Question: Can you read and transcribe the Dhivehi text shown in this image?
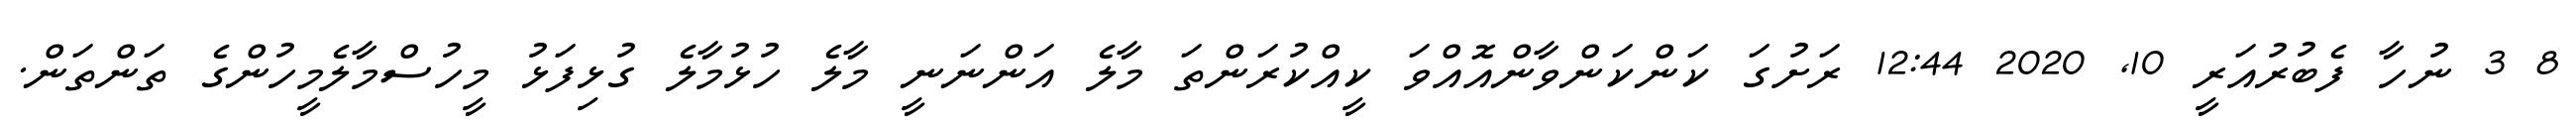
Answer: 8 3 ނުހާ ފެބުރުއަރީ 10, 2020 12:44 ރަށުގަ ކަންކަންވާންއޮއްވަ ކީއްކުރަންތަ މާލެ އަންނަނީ މާލެ ހުޅުމާލެ ގުޅިފަޅު މީހުސްމާލެމީހުންގެ ތަންތަން.